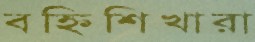
বহ্নিশিখারা